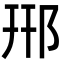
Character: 郉